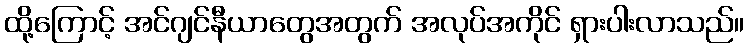
ထို့ကြောင့် အင်ဂျင်နီယာတွေအတွက် အလုပ်အကိုင် ရှားပါးလာသည်။